Report on the bubonic plague in Bombay, 1896-1897
Year: 1896
Disease focus: Plague
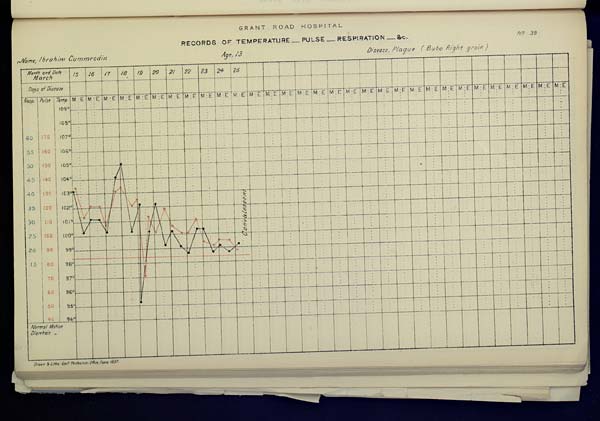
GRANT
ROAD
HOSPITAL
RECORDS OF TEMPERATURE __ PULSE __ RESPIRATION __ &c. No. 39
Name,
Ibrahim
Cummrodin
Age,
13
Disease,
Plague
(Bubo
Right
groin)
Drawn & Litho: Govt. Photozinco: Office, Poona 1897.